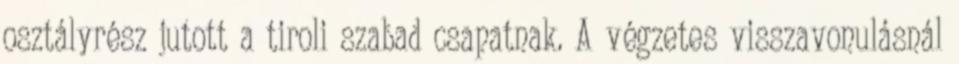
osztályrész jutott a tiroli szabad csapatnak. A végzetes visszavonulásnál